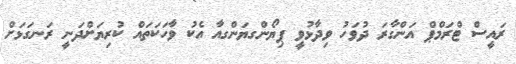
ރައީސް ޓްރަމްޕް އަންގާރަ ދުވަހު ވިދާޅުވީ ޕިޔޯންގޔަންގއާ އެކު ވާހަކަތައް ކުރިޔަށްދަނީ ރަނގަޅަށް